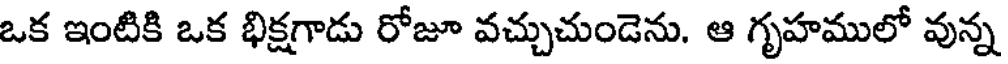
ఒక ఇంటికి ఒక భిక్షగాడు రోజూ వచ్చుచుండెను. ఆ గృహములో వున్న